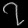
Digit: ၇